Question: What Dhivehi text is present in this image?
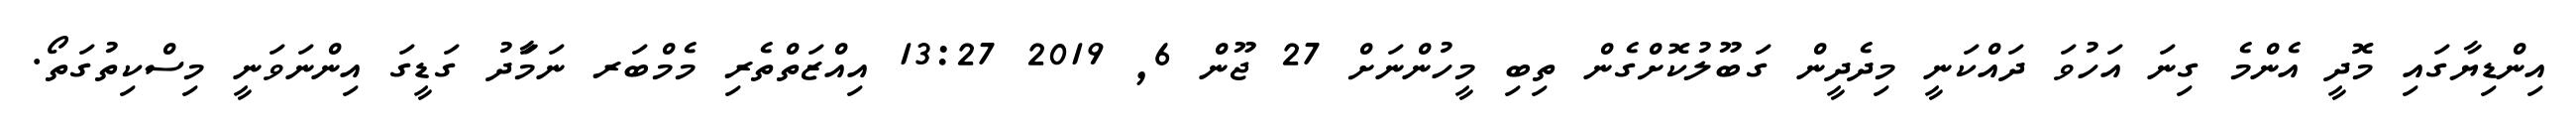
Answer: އިންޑިޔާގައި މޮދީ އެންމެ ގިނަ އަހުވަ ދައްކަނީ މިދެދީން ގަބޫލުކޮށްގެން ތިބި މީހުންނަށް 27 ޖޫން 6, 2019 13:27 އިއްޒަތްތެރި މެމްބަރ ނަމަާދު ގަޑީގަ އިންނަވަނީ މިސްކިތުގަތޯ.